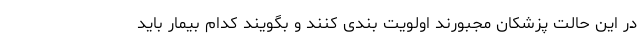
در این حالت پزشکان مجبورند اولویت بندی کنند و بگویند کدام بیمار باید